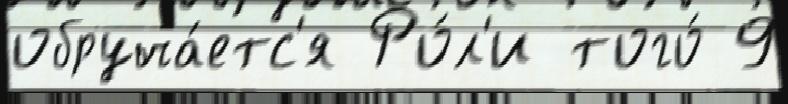
обруча́етс'я Ро́л'и того́ 9